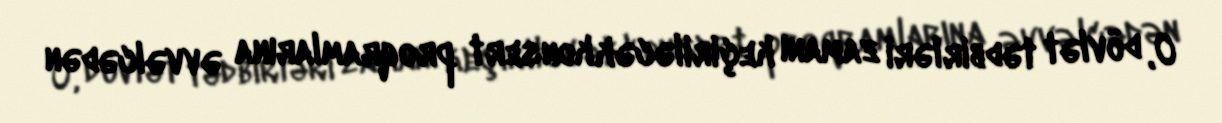
O, dövlət tədbirləri zamanı keçiriləcək konsert proqramlarına əvvəlcədən